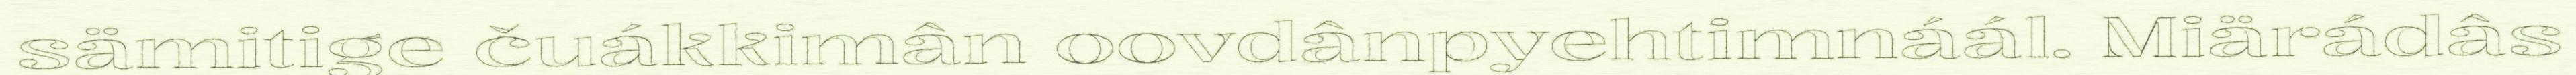
sämitige čuákkimân oovdânpyehtimnáál. Miärádâs